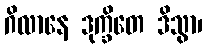
ဂိလာနေ ဒုက္ခိတေ ဒိသွာ၊